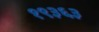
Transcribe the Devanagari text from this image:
१९३६३